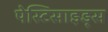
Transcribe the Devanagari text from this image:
पेस्टिसाइड्स